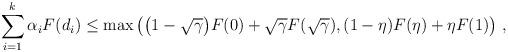
LaTeX: \begin{align*}\sum_{i=1}^{k}\alpha_iF(d_i)\le \max\left(\bigl(1-\sqrt{\gamma}\bigr)F(0)+\sqrt{\gamma}F(\sqrt{\gamma}), (1-\eta)F(\eta)+\eta F(1)\right)\,,\end{align*}